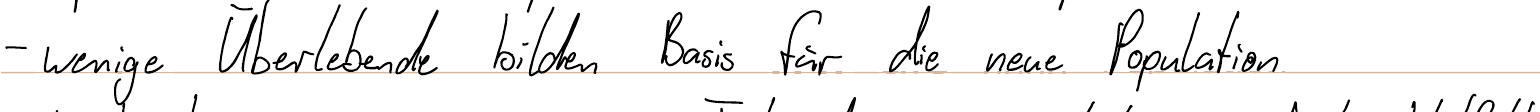
- wenige Überlebende bilden Basis für die neue Population